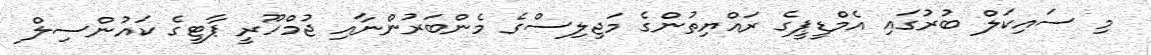
މި ސައިކަލް ބުރުގައި އެމްޑީޕީގެ ރައްޔިތުންގެ މަޖިލިސްގެ މެންބަރުންނާއި ޖުމްހޫރީ ޕާޓީގެ ކައުންސިލް